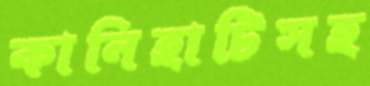
কানিহাটিসহ